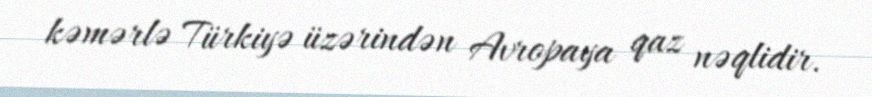
kəmərlə Türkiyə üzərindən Avropaya qaz nəqlidir.